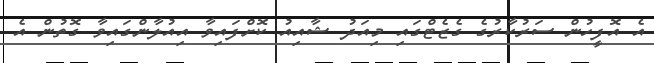
އެ އޮފީހުން ސަރުކާރުގެ ގެޒެޓްގައި މިއަދު ޝާއިއު ކޮށްފައިވާ އިއުލާންގައިވާ ގޮތުން އެ